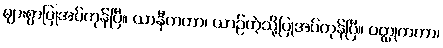
များစွာပြုအပ်ကုန်ပြီ။ ယာနီကတာ၊ ယာဉ်ကဲ့သို့ပြုအပ်ကုန်ပြီ။ ဝတ္ထုကတာ၊